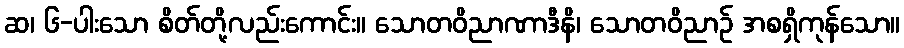
ဆ၊ ၆-ပါးသော စိတ်တို့လည်းကောင်း။ သောတဝိညာဏာဒီနိ၊ သောတဝိညာဉ် အစရှိကုန်သော။